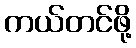
ကယ်တင်ဖို့